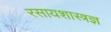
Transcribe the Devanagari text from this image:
रसायशास्त्रज्ञ